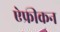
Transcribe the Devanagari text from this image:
ऐफ्रीकन